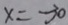
x = - 3 0